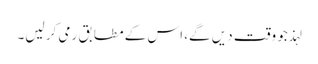
لہذ جو وقت دیں گے، اس کے مطابق رمی کر لیں۔